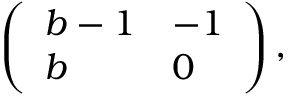
\left( \begin{array} { l l } { b - 1 } & { - 1 } \\ { b } & { 0 } \end{array} \right) ,